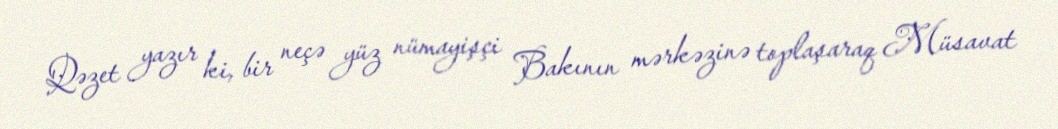
Qəzet yazır ki, bir neçə yüz nümayişçi Bakının mərkəzinə toplaşaraq Müsavat